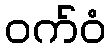
ဝက်ဝံ